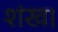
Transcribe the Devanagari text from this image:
शंख।